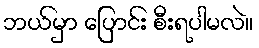
ဘယ်မှာ ပြောင်း စီးရပါမလဲ။